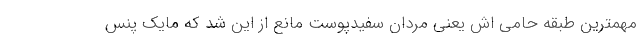
مهمترین طبقه حامی اش یعنی مردان سفیدپوست مانع از این شد که مایک پنس